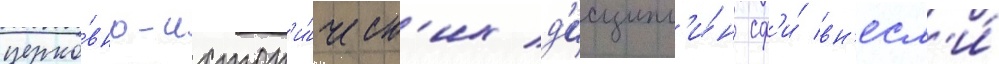
церко́вно-истор'и́ческ'их д'исципл'и́н сф'и́ вн'есл'и́